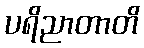
ပရိညာတာတိ